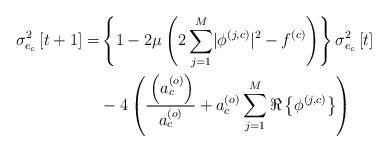
LaTeX: \begin{align*} \sigma_{e_c}^2\left[t+1\right]=&\left\{1-2\mu\left(2\sum_{j=1}^{M}\lvert\phi^{\left(j,c\right)}\rvert^2-f^{\left(c\right)}\right)\right\}\sigma_{e_c}^2\left[t\right]\\ &-4\left(\frac{_{}\left(a_c^{\left(o\right)}\right)}{a_c^{\left(o\right)}}+a_c^{\left(o\right)}\sum_{j=1}^{M}\Re\left\{\phi^{\left(j,c\right)}\right\}\right) \end{align*}